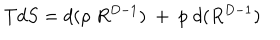
T d S = d ( \rho \; R ^ { D - 1 } ) ~ + ~ p \; d ( R ^ { D - 1 } )